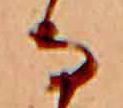
な